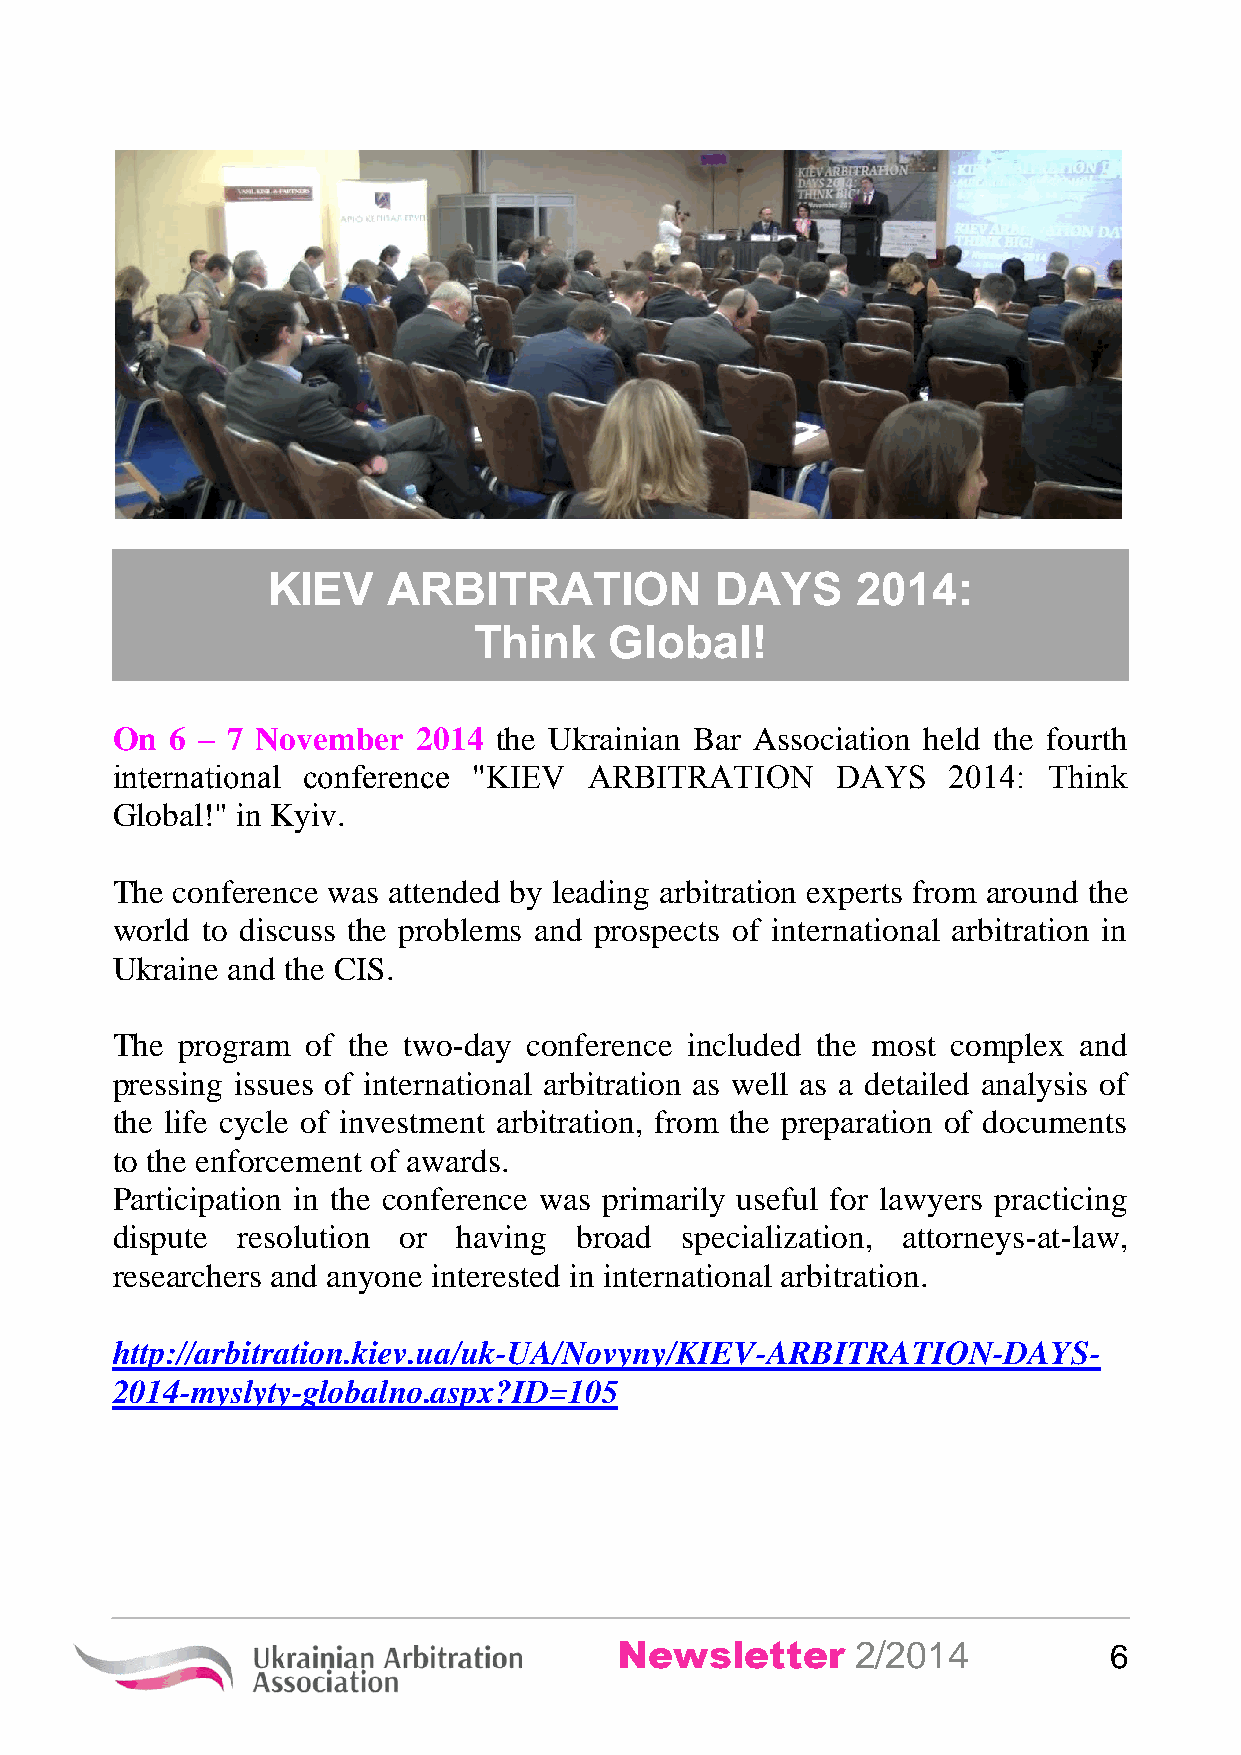
KIЕV    ARBITRATION          DAYS      2014:
 Think    Global!
 On  6 – 7 November   2014 the Ukrainian Bar Association held the fourth
 international conference "KIЕV  ARBITRATION     DAYS    2014: Think
 Global!" in Kyiv.
 The conference was attended by leading arbitration experts from around the
 world to discuss the problems and prospects of international arbitration in
 Ukraine and the CIS.
 The  program of the two-day conference included the most complex and
 pressing issues of international arbitration as well as a detailed analysis of
 the life cycle of investment arbitration, from the preparation of documents
 to the enforcement of awards.
 Participation in the conference was primarily useful for lawyers practicing
 dispute  resolution or having  broad  specialization, attorneys-at-law,
 researchers and anyone interested in international arbitration.
 http://arbitration.kiev.ua/uk-UA/Novyny/KIEV-ARBITRATION-DAYS-
 2014-myslyty-globalno.aspx?ID=105
 Newsletter      2/2014          6